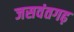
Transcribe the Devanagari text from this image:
जसवंतगढ़